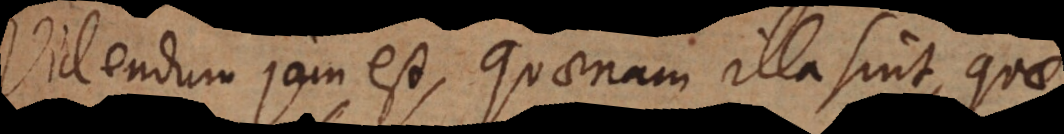
Videndum jam est, quaenam illa sint, quae